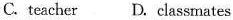
C.teacher D. classmates